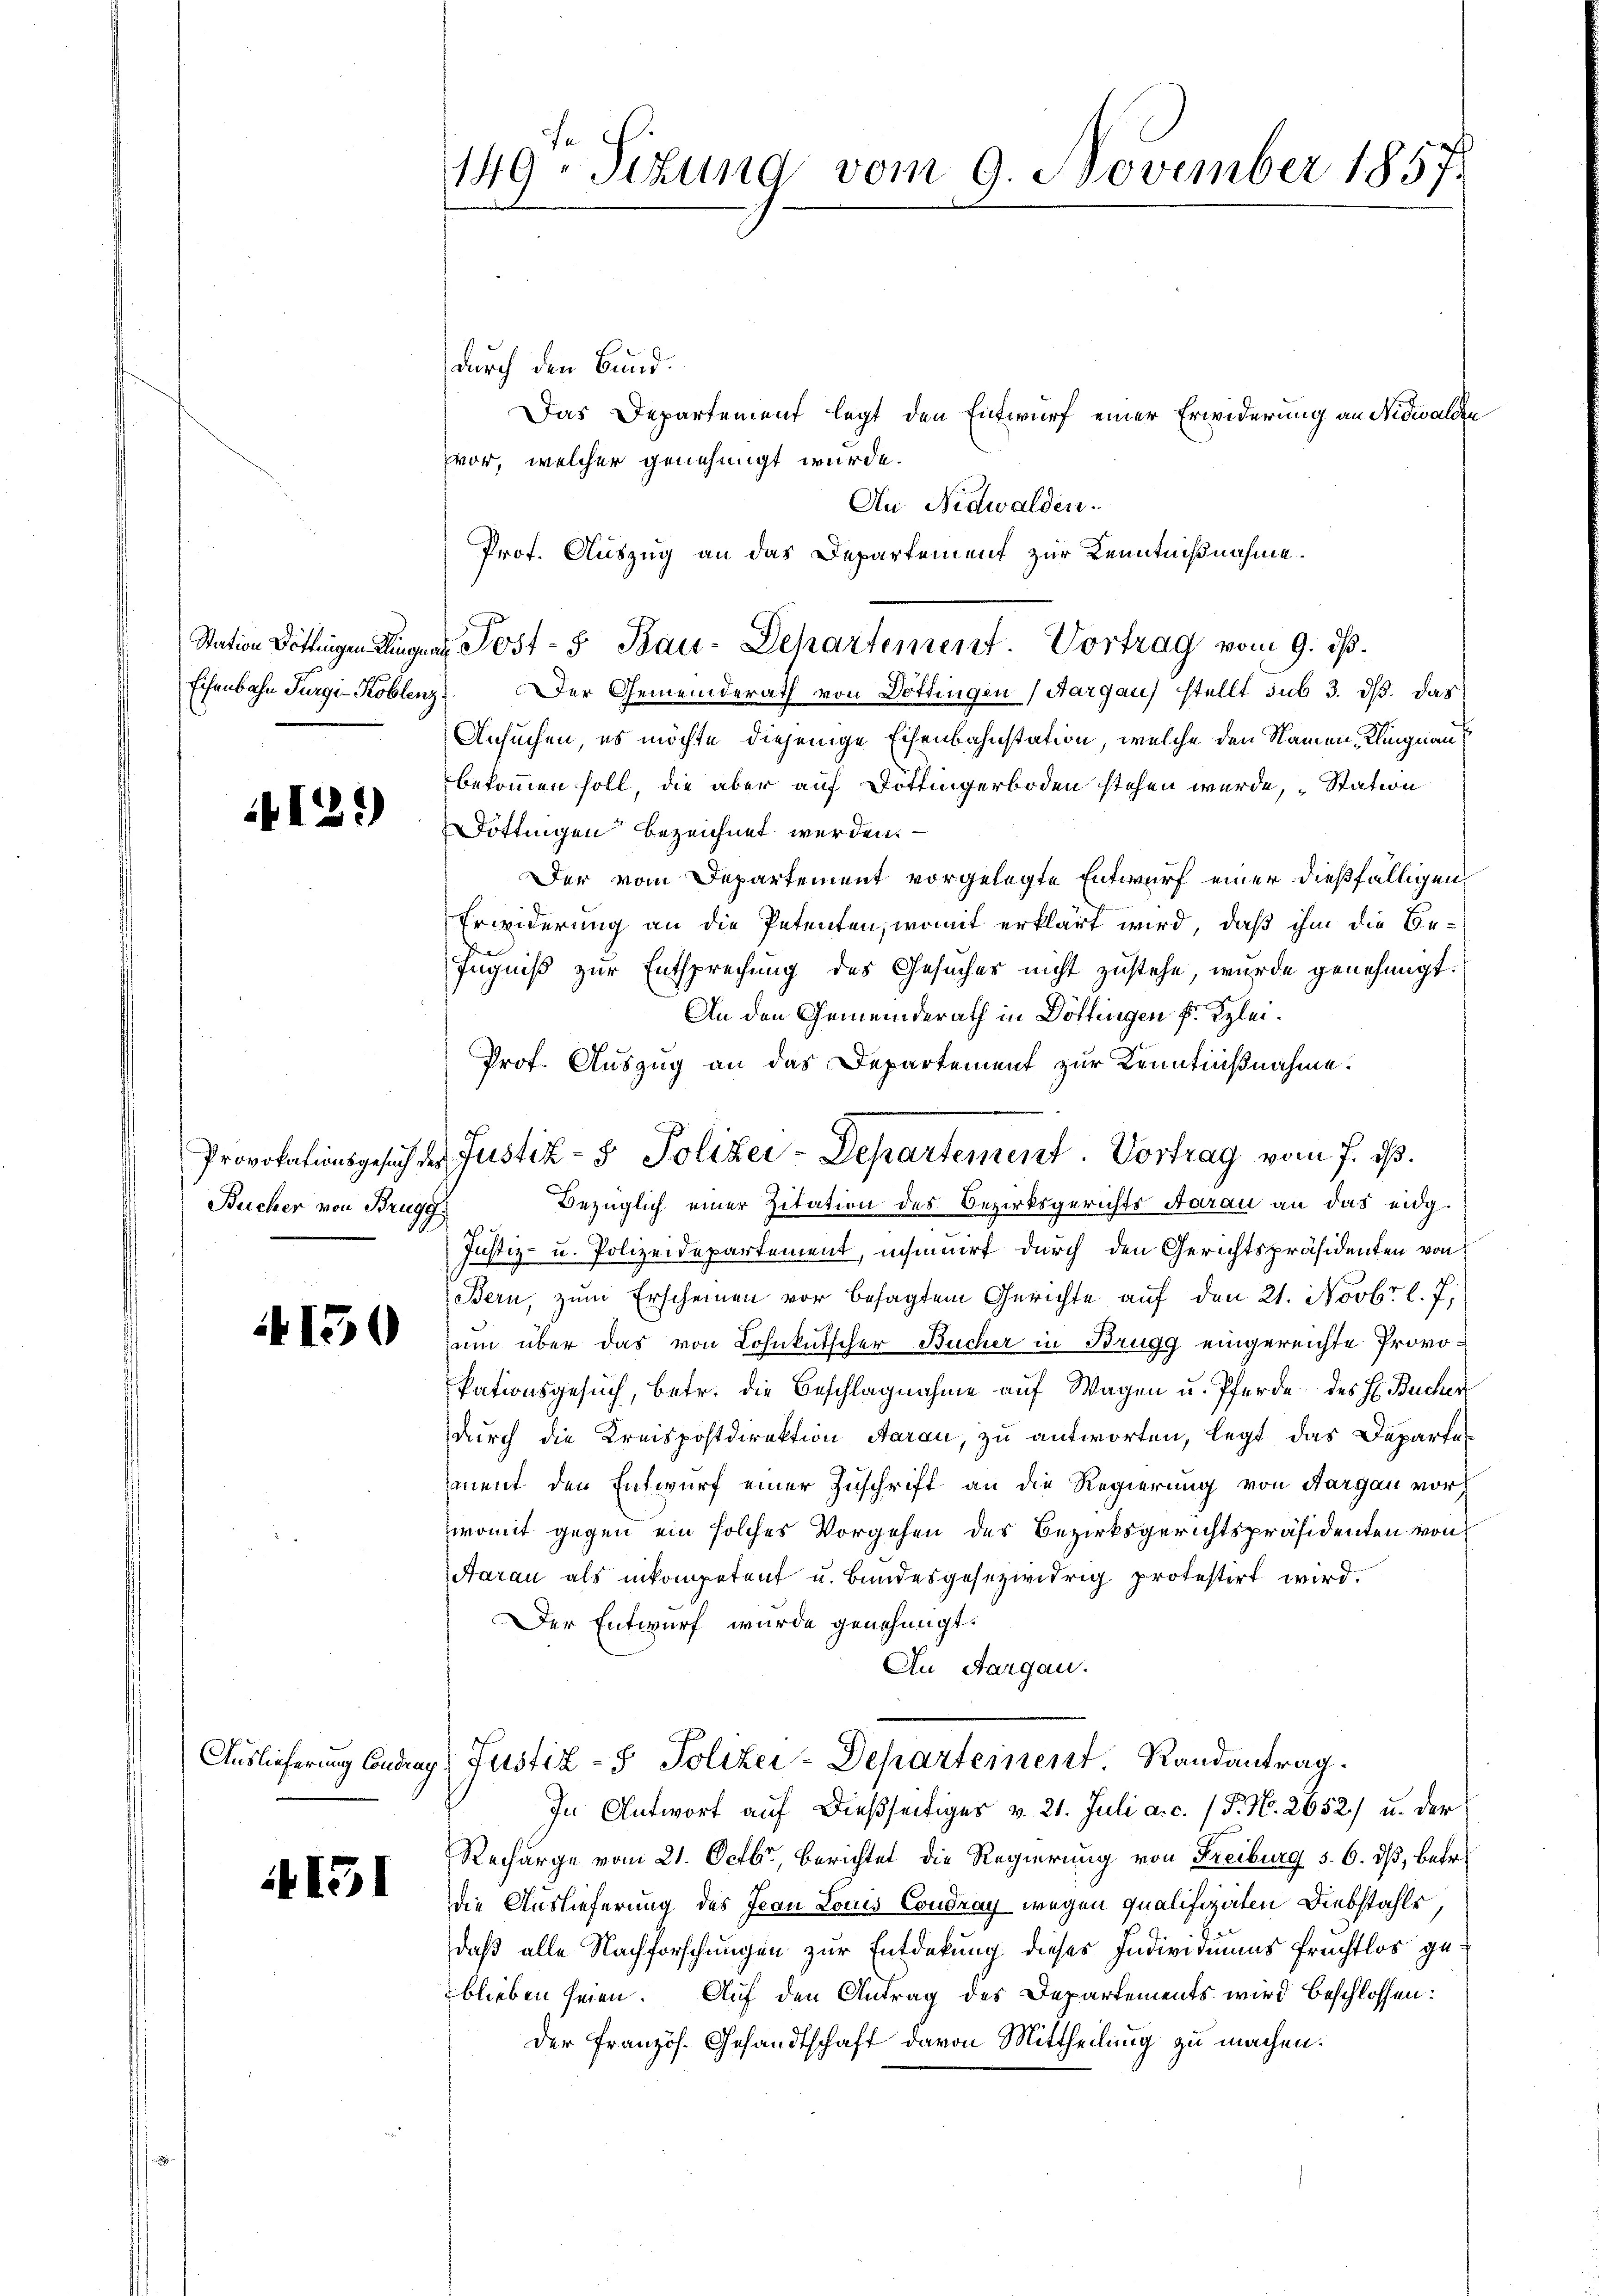
129)

Bucher von Brugg

150

i 15

149. Sitzung vom 9. November 1857.

durch den Bund.
Das Departement legt den Entwurf einer Erwiderung an Nidwalden
vor, welcher genehmigt wurde.
An Nidwalden.
Prof. Auszug an das Departement zur Kenntnißnahme.
Station Döttingen Klingen Post- & Bau-Departement. Vortrag vom 9. ds.
Eisenbahn Furgi-Koblenz, Der Gemeinderath von Döttingen (Aargau stellt sub 3. ds. das
Ansuchen, es möchte diejenige Eisenbahnstation, welche den Namen, Klingnau,
bekommen soll, die aber auf Döttingerboden stehen wurde, „Station
Dottingen bezeichnet werden. —
Der vom Departement vorgelegte Entwurf einer dießfälligen,
Erwiderung an die Petenten, womit erklärt wird, daß ihm die Be-
Iugniß zur Entsprechung des Gesuches nicht zustehe, wurde genehmigt.
An den Gemeinderath in Döttingen f. Klei¬
Prof. Auszug an das Departement zur Kenntnißnahme.
Bezüglich einer Zitation des Bezirksgerichts darau an das eidg.
Justiz- u. Polizeidepartement, inwurf durch den Gerichtspräsidenten von
Bern, zum Erscheinen vor besagtem Gerichte auf den 21. Novbr. l. J.
um über das von Lohnkutscher Bucher in Brugg eingereichte Provokationsgesuch, betr. die Beschlagnahme auf Wagen u. Pferde des H. Bücher
durch die Kreispostdirektion Aarau, zu antworten, legt das Departement den Entwurf einer Zuschrift an die Regierung von Aargau vor,
womit gegen ein solches Vorgehen des Bezirksgerichtspräsidenten von
Aarau als inkompetent u. bundesgesezwidrig protestirt wird.
Der Entwurf wurde genehmigt.
An Aargau.
Auslieferung Contrag, Justiz- & Polizei-Departement Randantrag.
In Antwort auf dießseitiges v. 21. Juli a. c. (T. N. 2652) u. der
Recharge vom 21. Octbr., Berichtet die Regierung von Freiburg §. 6. dß, betr.
die Auslieferung des Jean Louis Coudray wegen qualifizierten Diebstahls,
daß alle Nachforschungen zur Entdekung dieses Individiums frechtlos geblieben seien. Auf den Antrag des Departements wird beschlossen:
der Französ. Gesandtschaft davon Mittheilung zu machen.

Provokationsgesich der Justiz- & Polizei-Departement. Vortrag vom 7. ist.